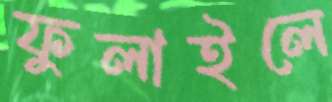
ফুলাইলে